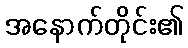
အနောက်တိုင်း၏